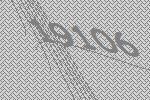
19106